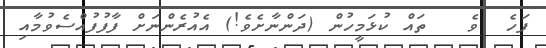
ފަހެ  ވެ   ތައް ކުޅަމީހުން (ދަންނާށެވެ!) އެއުރެންނަށް ފާފުފުއްސެވުމާއި